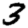
Digit: 3